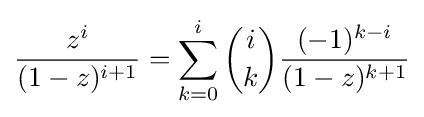
{\frac {z^{i}}{(1-z)^{i+1}}}=\sum _{k=0}^{i}{\binom {i}{k}}{\frac {(-1)^{k-i}}{(1-z)^{k+1}}}